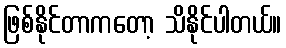
ဖြစ်နိုင်တာကတော့ သိနိုင်ပါတယ်။